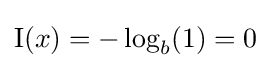
\mathrm {I} (x)=-\log _{b}(1)=0